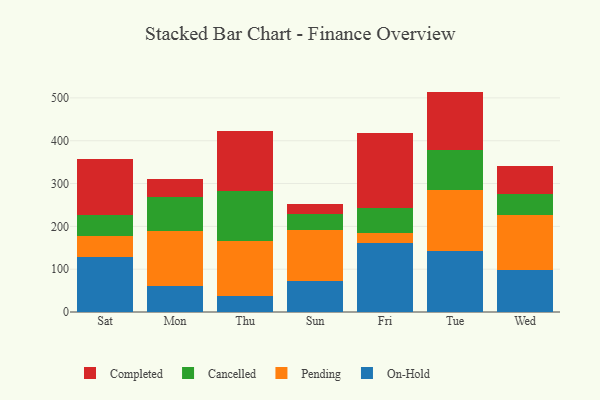
{"axis": {"x": "Day", "y": "Operating Costs (USD K)"}, "legend": ["Cancelled", "Completed", "On-Hold", "Pending"], "data": [{"x": "Sat", "y": 127.8, "type": "On-Hold"}, {"x": "Sat", "y": 49.9, "type": "Pending"}, {"x": "Sat", "y": 49.8, "type": "Cancelled"}, {"x": "Sat", "y": 129.4, "type": "Completed"}, {"x": "Mon", "y": 60.6, "type": "On-Hold"}, {"x": "Mon", "y": 128.3, "type": "Pending"}, {"x": "Mon", "y": 79.9, "type": "Cancelled"}, {"x": "Mon", "y": 42.7, "type": "Completed"}, {"x": "Thu", "y": 37.9, "type": "On-Hold"}, {"x": "Thu", "y": 128.5, "type": "Pending"}, {"x": "Thu", "y": 116.4, "type": "Cancelled"}, {"x": "Thu", "y": 140.9, "type": "Completed"}, {"x": "Sun", "y": 72.8, "type": "On-Hold"}, {"x": "Sun", "y": 118.7, "type": "Pending"}, {"x": "Sun", "y": 38.3, "type": "Cancelled"}, {"x": "Sun", "y": 22.9, "type": "Completed"}, {"x": "Fri", "y": 161.9, "type": "On-Hold"}, {"x": "Fri", "y": 23.1, "type": "Pending"}, {"x": "Fri", "y": 58.0, "type": "Cancelled"}, {"x": "Fri", "y": 174.8, "type": "Completed"}, {"x": "Tue", "y": 142.6, "type": "On-Hold"}, {"x": "Tue", "y": 141.7, "type": "Pending"}, {"x": "Tue", "y": 94.1, "type": "Cancelled"}, {"x": "Tue", "y": 136.3, "type": "Completed"}, {"x": "Wed", "y": 98.1, "type": "On-Hold"}, {"x": "Wed", "y": 127.9, "type": "Pending"}, {"x": "Wed", "y": 50.4, "type": "Cancelled"}, {"x": "Wed", "y": 65.2, "type": "Completed"}]}